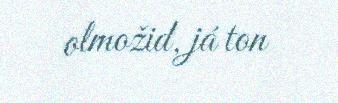
olmožid, já ton